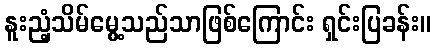
နူးညံ့သိမ်မွေ့သည်သာဖြစ်ကြောင်း ရှင်းပြခန်း။